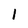
Character: l